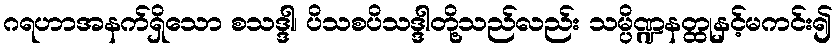
ဂရဟာအနက်ရှိသော စသဒ္ဒါ၊ ပိသစပိသဒ္ဒါတို့သည်လည်း သမ္ပိဏ္ဍနတ္ထုနှင့်မကင်း၍